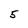
Character: 5